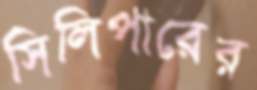
সিলিপারের